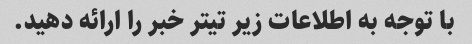
با توجه به اطلاعات زیر تیتر خبر را ارائه دهید.